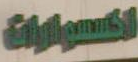
الأكسسوارات